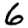
Digit: 6